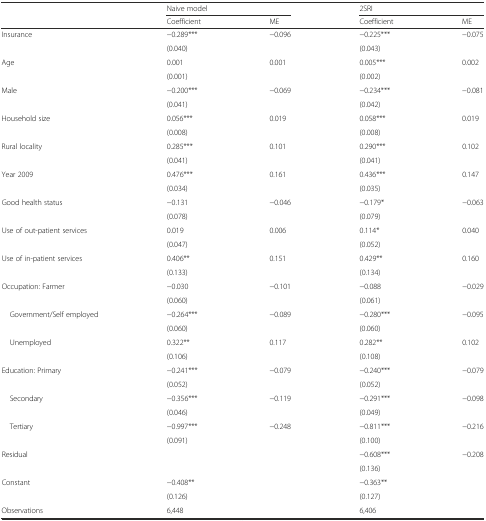
<table><thead><tr><td></td><td colspan="2"><b>Naive model</b></td><td colspan="2"><b>2SRI</b></td></tr><tr><td></td><td><b>Coefficient</b></td><td><b>ME</b></td><td><b>Coefficient</b></td><td><b>ME</b></td></tr></thead><tbody><tr><td>Insurance</td><td>−0.289***</td><td>−0.096</td><td>−0.225***</td><td>−0.075</td></tr><tr><td></td><td>(0.040)</td><td></td><td>(0.043)</td><td></td></tr><tr><td>Age</td><td>0.001</td><td>0.001</td><td>0.005***</td><td>0.002</td></tr><tr><td></td><td>(0.001)</td><td></td><td>(0.002)</td><td></td></tr><tr><td>Male</td><td>−0.200***</td><td>−0.069</td><td>−0.234***</td><td>−0.081</td></tr><tr><td></td><td>(0.041)</td><td></td><td>(0.042)</td><td></td></tr><tr><td>Household size</td><td>0.056***</td><td>0.019</td><td>0.058***</td><td>0.019</td></tr><tr><td></td><td>(0.008)</td><td></td><td>(0.008)</td><td></td></tr><tr><td>Rural locality</td><td>0.285***</td><td>0.101</td><td>0.290***</td><td>0.102</td></tr><tr><td></td><td>(0.041)</td><td></td><td>(0.041)</td><td></td></tr><tr><td>Year 2009</td><td>0.476***</td><td>0.161</td><td>0.436***</td><td>0.147</td></tr><tr><td></td><td>(0.034)</td><td></td><td>(0.035)</td><td></td></tr><tr><td>Good health status</td><td>−0.131</td><td>−0.046</td><td>−0.179*</td><td>−0.063</td></tr><tr><td></td><td>(0.078)</td><td></td><td>(0.079)</td><td></td></tr><tr><td>Use of out-patient services</td><td>0.019</td><td>0.006</td><td>0.114*</td><td>0.040</td></tr><tr><td></td><td>(0.047)</td><td></td><td>(0.052)</td><td></td></tr><tr><td>Use of in-patient services</td><td>0.406**</td><td>0.151</td><td>0.429**</td><td>0.160</td></tr><tr><td></td><td>(0.133)</td><td></td><td>(0.134)</td><td></td></tr><tr><td>Occupation: Farmer</td><td>−0.030</td><td>−0.101</td><td>−0.088</td><td>−0.029</td></tr><tr><td></td><td>(0.060)</td><td></td><td>(0.061)</td><td></td></tr><tr><td> Government/Self employed</td><td>−0.264***</td><td>−0.089</td><td>−0.280***</td><td>−0.095</td></tr><tr><td></td><td>(0.060)</td><td></td><td>(0.060)</td><td></td></tr><tr><td> Unemployed</td><td>0.322**</td><td>0.117</td><td>0.282**</td><td>0.102</td></tr><tr><td></td><td>(0.106)</td><td></td><td>(0.108)</td><td></td></tr><tr><td>Education: Primary</td><td>−0.241***</td><td>−0.079</td><td>−0.240***</td><td>−0.079</td></tr><tr><td></td><td>(0.052)</td><td></td><td>(0.052)</td><td></td></tr><tr><td> Secondary</td><td>−0.356***</td><td>−0.119</td><td>−0.291***</td><td>−0.098</td></tr><tr><td></td><td>(0.046)</td><td></td><td>(0.049)</td><td></td></tr><tr><td> Tertiary</td><td>−0.997***</td><td>−0.248</td><td>−0.811***</td><td>−0.216</td></tr><tr><td></td><td>(0.091)</td><td></td><td>(0.100)</td><td></td></tr><tr><td>Residual</td><td></td><td></td><td>−0.608***</td><td>−0.208</td></tr><tr><td></td><td></td><td></td><td>(0.136)</td><td></td></tr><tr><td>Constant</td><td>−0.408**</td><td></td><td>−0.363**</td><td></td></tr><tr><td></td><td>(0.126)</td><td></td><td>(0.127)</td><td></td></tr><tr><td>Observations</td><td>6,448</td><td></td><td>6,406</td><td></td></tr></tbody></table>